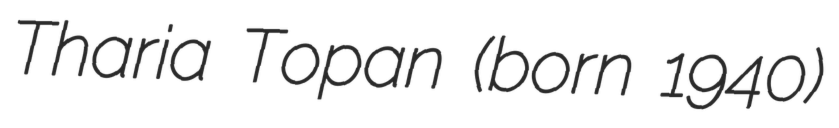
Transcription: Tharia Topan (born 1940)